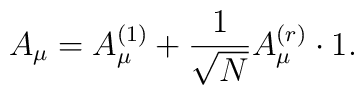
A_\mu = A^{(1)}_\mu + \frac1{\sqrt{N}}A^{(r)}_\mu\cdot 1.